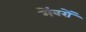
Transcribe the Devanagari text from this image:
मेंबरों